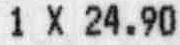
1 X 24.90